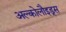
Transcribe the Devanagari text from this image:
अल्कोलौइड्स